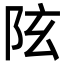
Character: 𨸫